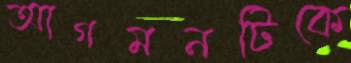
আগমনটিকে